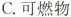
C.可燃物